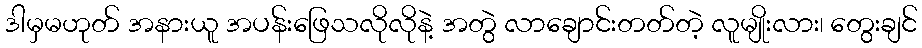
ဒါမှမဟုတ် အနားယူ အပန်းဖြေသလိုလိုနဲ့ အတွဲ လာချောင်းတတ်တဲ့ လူမျိုးလား၊ တွေးချင်